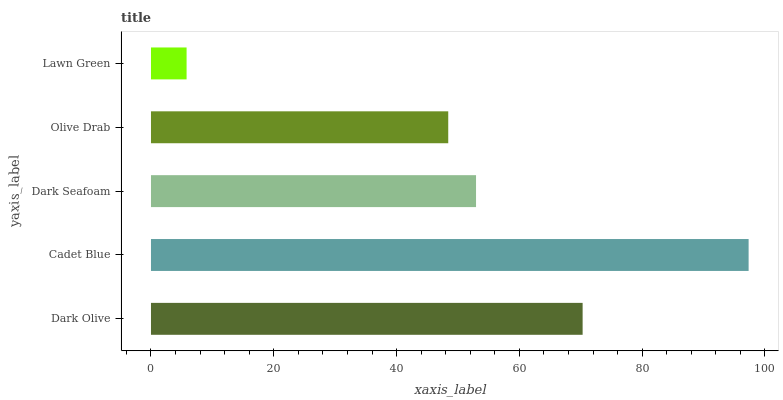
| yaxis_label | bars |
 | --- | --- |
 | Dark Olive | 70.3 |
 | Cadet Blue | 97.3 |
 | Dark Seafoam | 52.9 |
 | Olive Drab | 48.4 |
 | Lawn Green | 5.8 |